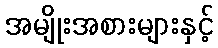
အမျိုးအစားများနှင့်